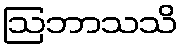
ဩဘာသသိ